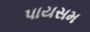
પાયસમ